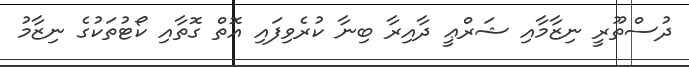
ދުސްތޫރީ ނިޒާމާއި ޝަރްޢީ ދާއިރާ ބިނާ ކުރެވިފައި އޮތް ގޮތާއި ކޯޓުތަކުގެ ނިޒާމު